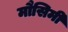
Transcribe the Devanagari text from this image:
मौसिमी